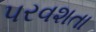
પરવશતા